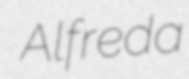
Alfreda